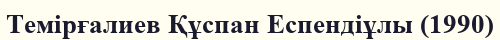
Темірғалиев Құспан Еспендіұлы (1990)